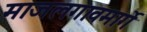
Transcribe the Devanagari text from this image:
माजलगावमार्गे